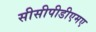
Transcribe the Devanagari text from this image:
सीसीपीडीएमए